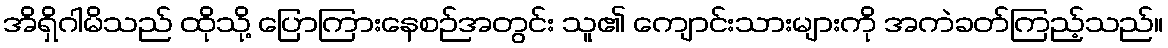
အိရှိဂါမိသည် ထိုသို့ ပြောကြားနေစဉ်အတွင်း သူ၏ ကျောင်းသားများကို အကဲခတ်ကြည့်သည်။